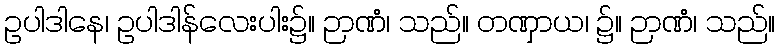
ဥပါဒါနေ၊ ဥပါဒါန်လေးပါး၌။ ဉာဏံ၊ သည်။ တဏှာယ၊ ၌။ ဉာဏံ၊ သည်။